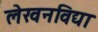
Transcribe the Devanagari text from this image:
लेखनविद्या